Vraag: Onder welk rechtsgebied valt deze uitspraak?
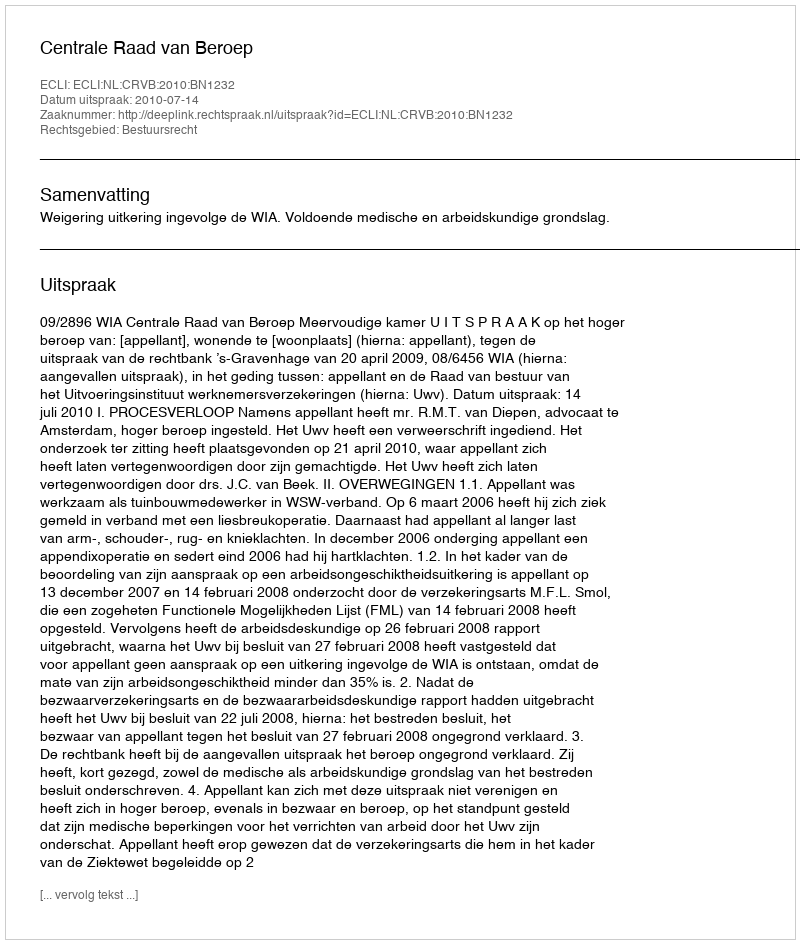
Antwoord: Bestuursrecht